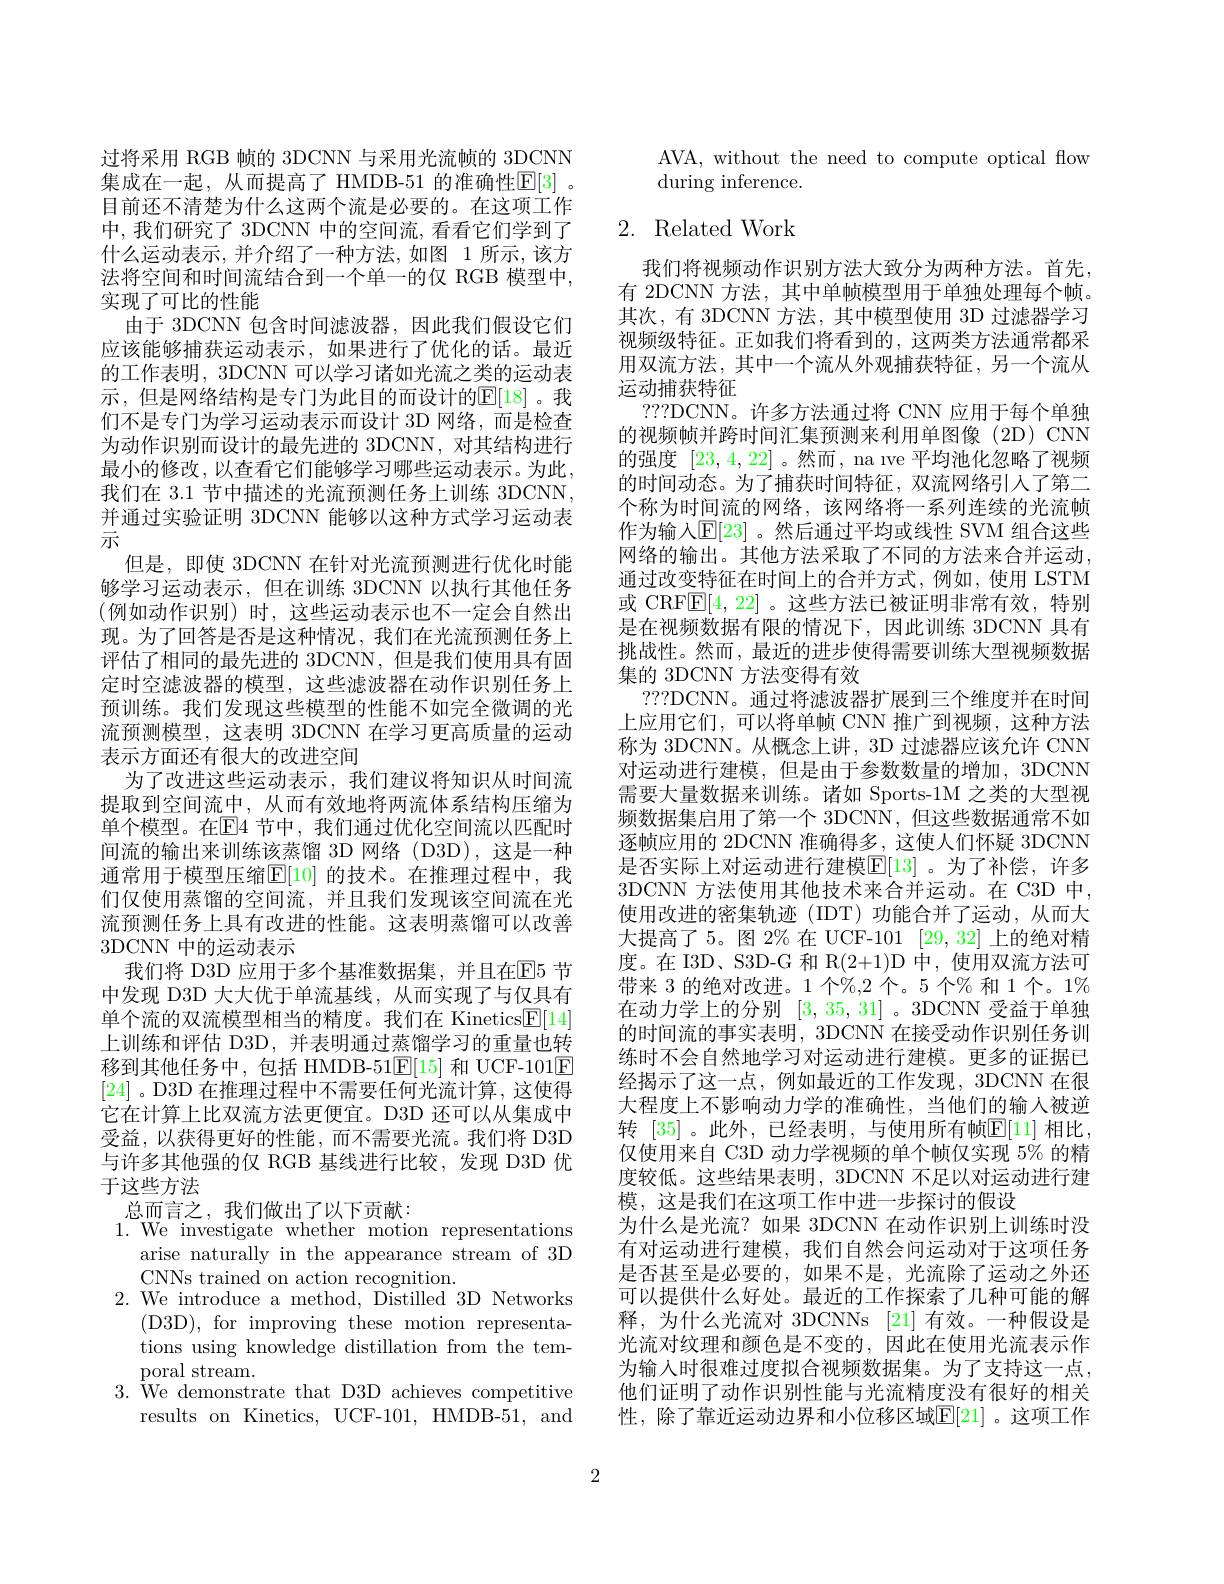
过将采用 RGB 帧的 3DCNN 与采用光流帧的 3DCNN 集成在一起，从而提高了 HMDB-51 的准确性$\mathbb{E}[3]$ 。目前还不清楚为什么这两个流是必要的。在这项工作中，我们研究了 3DCNN 中的空间流，看看它们学到了什么运动表示，并介绍了一种方法，如图 1 所示，该方法将空间和时间流结合到一个单一的仅 RGB 模型中， 实现了可比的性能
由于 3DCNN 包含时间滤波器，因此我们假设它们应该能够捕获运动表示，如果进行了优化的话。最近的工作表明，3DCNN 可以学习诸如光流之类的运动表示，但是网络结构是专门为此目的而设计的$\mathbb{E}[18]$。我们不是专门为学习运动表示而设计 3D 网络，而是检查为动作识别而设计的最先进的 3DCNN,对其结构进行最小的修改，以查看它们能够学习哪些运动表示。为此， 我们在 3.1 节中描述的光流预测任务上训练 3DCNN, 并通过实验证明 3DCNN 能够以这种方式学习运动表示
但是，即使 3DCNN 在针对光流预测进行优化时能够学习运动表示，但在训练 3DCNN 以执行其他任务(例如动作识别)时，这些运动表示也不一定会自然出现。为了回答是否是这种情况，我们在光流预测任务上评估了相同的最先进的 3DCNN,但是我们使用具有固定时空滤波器的模型，这些滤波器在动作识别任务上预训练。我们发现这些模型的性能不如完全微调的光流预测模型，这表明 3DCNN 在学习更高质量的运动表示方面还有很大的改进空间
为了改进这些运动表示，我们建议将知识从时间流提取到空间流中，从而有效地将两流体系结构压缩为单个模型。在$\mathbb{E}$4 节中，我们通过优化空间流以匹配时间流的输出来训练该蒸馏 3D 网络(D3D),这是一种通常用于模型压缩$\mathbb{E}[10]$ 的技术。在推理过程中，我们仅使用蒸馏的空间流，并且我们发现该空间流在光流预测任务上具有改进的性能。这表明蒸馏可以改善3DCNN 中的运动表示
我们将 D3D 应用于多个基准数据集，并且在$\mathbb{E}$5 节中发现 D3D 大大优于单流基线，从而实现了与仅具有单个流的双流模型相当的精度。我们在 Kinetics$\boxed{\mathrm{F}}[14]$ 上训练和评估 D3D,并表明通过蒸馏学习的重量也转移到其他任务中，包括 HMDB-51$\boxed{\mathrm{E}}[15]$和 UCF-101$\boxed{\mathrm{E}}$ [24] 。D3D 在推理过程中不需要任何光流计算，这使得它在计算上比双流方法更便宜。D3D 还可以从集成中受益，以获得更好的性能，而不需要光流。我们将 D3D 与许多其他强的仅 RGB 基线进行比较，发现 D3D 优于这些方法
总而言之，我们做出了以下贡献：
1.We investigate whether motion representations
arise naturally in the appearance stream of 3D
CNNs trained on action recognition.

2. We introduce a method, Distilled 3D Networks
(D3D),for improving these motion representations using knowledge distillation from the temporal stream.
3. We demonstrate that D3D achieves competitive
results on Kinetics, UCF-101, HMDB-51, and

AVA, without the need to compute optical flow
during inference.

# 2. Related Work

我们将视频动作识别方法大致分为两种方法。首先， 有 2DCNN 方法，其中单帧模型用于单独处理每个帧。其次，有 3DCNN 方法，其中模型使用 3D 过滤器学习视频级特征。正如我们将看到的，这两类方法通常都采用双流方法，其中一个流从外观捕获特征，另一个流从运动捕获特征
???DCNN。许多方法通过将 CNN 应用于每个单独的视频帧并跨时间汇集预测来利用单图像(2D)CNN 的强度[23,4,22] 。然而 , na ıve 平均池化忽略了视频的时间动态。为了捕获时间特征，双流网络引人了第二个称为时间流的网络，该网络将一系列连续的光流帧作为输入$\mathbb{E}[23]$ 。然后通过平均或线性 SVM 组合这些网络的输出。其他方法采取了不同的方法来合并运动， 通过改变特征在时间上的合并方式，例如，使用 LSTM 或 CRF$\mathbb{E}[4,22]$ 。这些方法已被证明非常有效，特别是在视频数据有限的情况下，因此训练 3DCNN 具有挑战性。然而，最近的进步使得需要训练大型视频数据集的 3DCNN 方法变得有效
???DCNN。通过将滤波器扩展到三个维度并在时间上应用它们，可以将单帧 CNN 推广到视频，这种方法称为 3DCNN。从概念上讲，3D 过滤器应该允许 CNN 对运动进行建模，但是由于参数数量的增加，3DCNN 需要大量数据来训练。诸如 Sports-1M 之类的大型视频数据集启用了第一个 3DCNN, 但这些数据通常不如逐帧应用的 2DCNN 准确得多，这使人们怀疑 3DCNN 是否实际上对运动进行建模$\mathbb{E}[13]$ 。为了补偿，许多3DCNN 方法使用其他技术来合并运动。在 C3D 中， 使用改进的密集轨迹(IDT)功能合并了运动，从而大大提高了 5。图 2% 在 UCF-101 [29, 32] 上的绝对精度。在 I3D、S3D-G 和 R(2+1)D 中，使用双流方法可带来 3 的绝对改进。1 个%,2 个。5 个% 和 1 个。1% 在动力学上的分别[3,35,31] 。3DCNN 受益于单独的时间流的事实表明，3DCNN 在接受动作识别任务训练时不会自然地学习对运动进行建模。更多的证据已经揭示了这一点，例如最近的工作发现，3DCNN 在很大程度上不影响动力学的准确性，当他们的输人被逆转 [35]。此外，已经表明，与使用所有帧$\mathbb{E}[11]$ 相比， 仅使用来自 C3D 动力学视频的单个帧仅实现 5% 的精度较低。这些结果表明，3DCNN 不足以对运动进行建模，这是我们在这项工作中进一步探讨的假设
为什么是光流？如果 3DCNN 在动作识别上训练时没有对运动进行建模，我们自然会问运动对于这项任务是否甚至是必要的，如果不是，光流除了运动之外还可以提供什么好处。最近的工作探索了几种可能的解释，为什么光流对 3DCNNs [21] 有效。一种假设是光流对纹理和颜色是不变的，因此在使用光流表示作为输入时很难过度拟合视频数据集。为了支持这一点， 他们证明了动作识别性能与光流精度没有很好的相关性，除了靠近运动边界和小位移区域$\mathbb{E}[21]$。这项工作

2